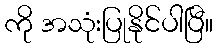
ကို အသုံးပြုနိုင်ပါပြီ။